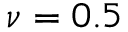
{ \nu = 0 . 5 }